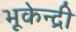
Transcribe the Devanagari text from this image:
भूकेन्द्री